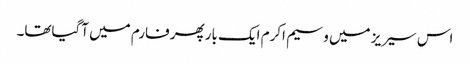
اس سیریز میں وسیم اکرم ایک بارپھر فارم میں آگیاتھا۔